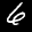
Label: 6